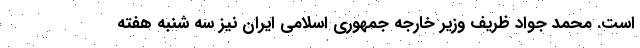
است. محمد جواد ظریف وزیر خارجه جمهوری اسلامی ایران نیز سه شنبه هفته